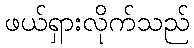
ဖယ်ရှားလိုက်သည်